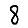
Digit: 8